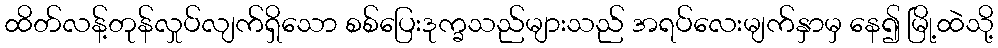
ထိတ်လန့်တုန်လှုပ်လျက်ရှိသော စစ်ပြေးဒုက္ခသည်များသည် အရပ်လေးမျက်နှာမှ နေ၍ မြို့ထဲသို့